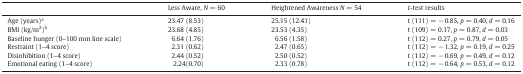
<table><thead><tr><td></td><td><b>Less Aware, <i>N</i> = 60</b></td><td><b>Heightened Awareness <i>N</i> = 54</b></td><td><b><i>t</i>-test results</b></td></tr></thead><tbody><tr><td>Age (years)a</td><td>23.47 (8.53)</td><td>25.15 (12.41)</td><td>t (111) = − 0.85, <i>p</i> = 0.40, <i>d</i> = 0.16</td></tr><tr><td>BMI (kg/m<sup>2</sup>)b</td><td>23.68 (4.85)</td><td>23.53 (4.35)</td><td>t (109) = 0.17, <i>p</i> = 0.87, <i>d</i> = 0.03</td></tr><tr><td>Baseline hunger (0–100 mm line scale)</td><td>6.64 (1.76)</td><td>6.56 (1.58)</td><td>t (112) = 0.27, <i>p</i> = 0.79, <i>d</i> = 0.05</td></tr><tr><td>Restraint (1–4 score)</td><td>2.31 (0.62)</td><td>2.47 (0.65)</td><td>t (112) = − 1.32, <i>p</i> = 0.19, <i>d</i> = 0.25</td></tr><tr><td>Disinhibition (1–4 score)</td><td>2.44 (0.52)</td><td>2.50 (0.52)</td><td>t (112) = − 0.69, <i>p</i> = 0.49, <i>d</i> = 0.12</td></tr><tr><td>Emotional eating (1–4 score)</td><td>2.24(0.70)</td><td>2.33 (0.78)</td><td>t (112) = − 0.64, <i>p</i> = 0.53, <i>d</i> = 0.12</td></tr></tbody></table>